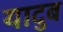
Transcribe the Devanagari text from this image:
यादुब